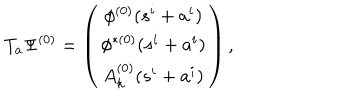
LaTeX: T _ { a } \Psi ^ { ( 0 ) } = \left( \begin{array} { c } { { \phi ^ { ( 0 ) } ( s ^ { i } + a ^ { i } ) } } \\ { { \phi ^ { \ast ( 0 ) } ( s ^ { i } + a ^ { i } ) } } \\ { { A _ { k } ^ { ( 0 ) } ( s ^ { i } + a ^ { i } ) } } \\ \end{array} \right) ,